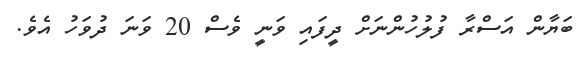
ބަޔާން އަސްރާ ފުލުހުންނަށް ދީފައި ވަނީ ވެސް 20 ވަނަ ދުވަހު އެވެ.